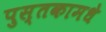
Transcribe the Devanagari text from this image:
पुस्तकामधे